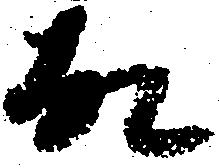
故